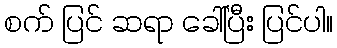
စက် ပြင် ဆရာ ခေါ်ပြီး ပြင်ပါ။